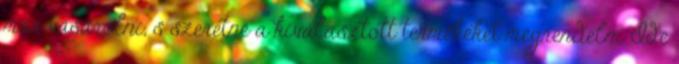
már vásárolni, s szeretné a kiválasztott termékeket megrendelni Ide